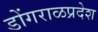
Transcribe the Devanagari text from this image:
डोंगराळप्रदेश